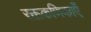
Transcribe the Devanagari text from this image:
रक्तकणिकाएँ